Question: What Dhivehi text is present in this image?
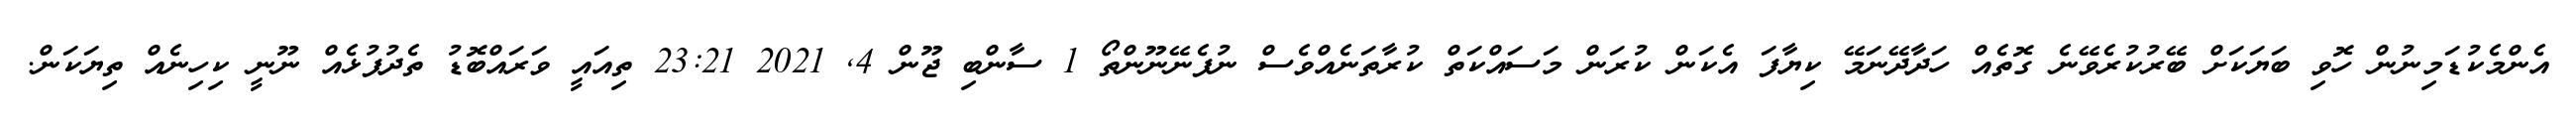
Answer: އެންމެކުޑަމިނުން ހޮވި ބަޔަކަށް ބޭރުކުރެވޭނެ ގޮތެއް ހަދާދޭނަމޭ ކިޔާފަ އެކަން ކުރަން މަސައްކަތް ކުރާތަނެއްވެސް ނުފެނޭނޫންތޯ 1 ސާންބި ޖޫން 4, 2021 23:21 ތިއައީ ވަރައްބޮޑު ތެދުފުޅެއް ނޫނީ ކިހިނެއް ތިޔަކަން.